Sketch of the medical history of the native army of Bombay, for the year
Year: 1870
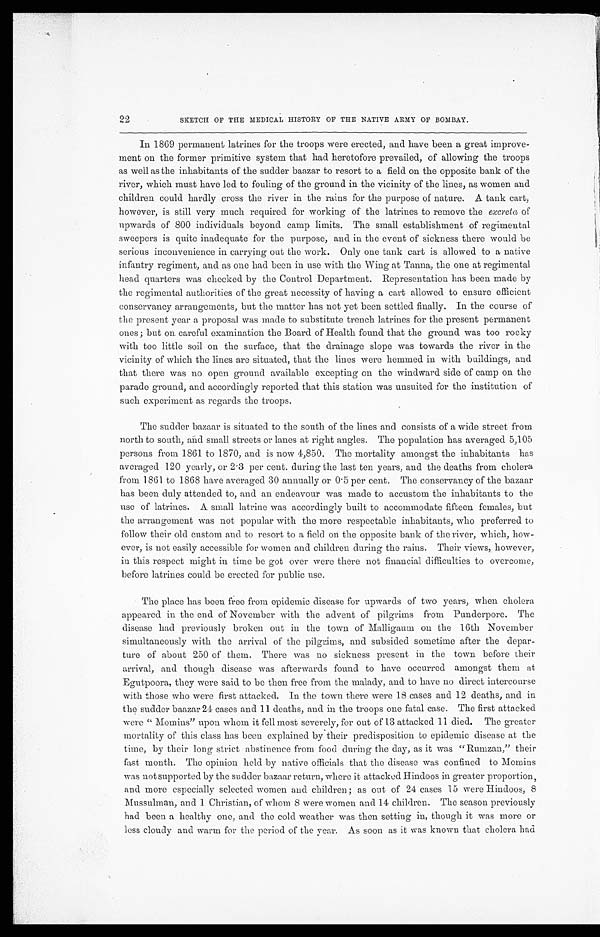
SKETCH OF THE MEDICAL HISTORY OF THE NATIVE ARMY OF BOMBAY.
In 1869 permanent latrines for the troops were erected, and have been a great improve
-ment on the former primitive system that had heretofore prevailed, of allowing the troops
as well as the inhabitants of the sudder baazar to resort to a field on the opposite bank of the
river, which must have led to fouling of the ground in the vicinity of the lines, as women and
children could hardly cross the river in the rains for the purpose of nature. A tank cart,
however, is still very much required for working of the latrines to remove the excreta of
upwards of 800 individuals beyond camp limits. The small establishment of regimental
sweepers is quite inadequate for the purpose, and in the event of sickness there would be
serious inconvenience in carrying out the work. Only one tank cart is allowed to a native
infantry regiment, and as one had been in use with the Wing at Tanna, the one at regimental
head quarters was checked by the Control Department. Representation has been made by
the regimental authorities of the great necessity of having a cart allowed to ensure efficient
conservancy arrangements, but the matter has not yet been settled finally. In the course of
the present year a proposal was made to substitute trench latrines for the present permanent
ones; but on careful examination the Board of Health found that the ground was too rocky
with too little soil on the surface, that the drainage slope was towards the river in the
vicinity of which the lines are situated, that the lines were hemmed in with buildings, and
that there was no open ground available excepting on the windward side of camp on the
parade ground, and accordingly reported that this station was unsuited for the institution of
such experiment as regards the troops.
The sudder bazaar is situated to the south of the lines and consists of a wide street from
north to south, and small streets or lanes at right angles. The population has averaged 5,105
persons from 1861 to 1870, and is now 4,850. The mortality amongst the inhabitants has
averaged 120 yearly, or 2.3 per cent. during the last ten years, and the deaths from cholera
from 1861 to 1868 have averaged 30 annually or 0.5 per cent. The conservancy of the bazaar
has been duly attended to, and an endeavour was made to accustom the inhabitants to the
use of latrines. A small latrine was accordingly built to accommodate fifteen females, but
the arrangement was not popular with the more respectable inhabitants, who preferred to
follow their old custom and to resort to a field on the opposite bank of the river, which, how-
ever, is not easily accessible for women and children during the rains. Their views, however,
in this respect might in time be got over were there not financial difficulties to overcome,
before latrines could be erected for public use.
The place has been free from epidemic disease for upwards of two years, when cholera
appeared in the end of November with the advent of pilgrims from Punderpore. The
disease had previously broken out in the town of Malligaum on the 16th November
simultaneously with the arrival of the pilgrims, and subsided sometime after the depar--
ture of about 250 of them. There was no sickness present in the town before their
arrival, and though disease was afterwards found to have occurred amongst them at
Egutpoora, they were said to be then free from the malady, and to have no direct intercourse
with those who were first attacked. In the town there were 18 cases and 12 deaths, and in
the sudder baazar 24 cases and 11 deaths, and in the troops one fatal case. The first attacked
were "Momins" upon whom it fell most severely, for out of 13 attacked 11 died. The greater
mortality of this class has been explained by their predisposition to epidemic disease at the
time, by their long strict abstinence from food during the day, as it was "Rumzan," their
fast month. The opinion held by native officials that the disease was confined to Momins
was not supported by the sudder bazaar return, where it attacked Hindoos in greater proportion,
and more especially selected women and children; as out of 24 cases 15 were Hindoos, 8
Mussulman, and 1 Christian, of whom 8 were women and 14 children. The season previously
had been a healthy one, and the cold weather was then setting in, though it was more or
less cloudy and warm for the period of the year. As soon as it was known that cholera had